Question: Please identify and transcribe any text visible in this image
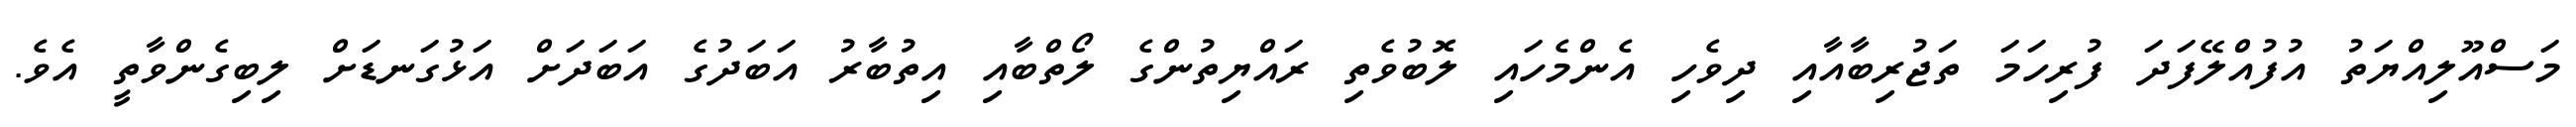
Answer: މަސްއޫލިއްޔަތު އުފުއްލޭފަދަ ފުރިހަމަ ތަޖުރިބާއާއި ދިވެހި އެންމެހައި ލޮބުވެތި ރައްޔިތުންގެ ލޯތްބާއި އިތުބާރު އަބަދުގެ އަބަދަށް އަޅުގަނޑަށް ލިބިގެންވާތީ އެވެ.